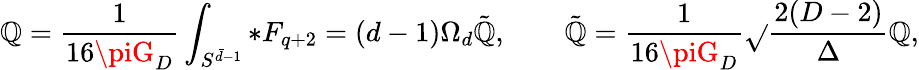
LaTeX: {\cal\mathbb{Q}}={\frac{{1}}{{16\piG_{D}}}}\int_{S^{\bar{{d}}-1}}*F_{q+2}=(d-1)\Omega_{d}\tilde{{\mathbb{Q}}},\qquad\tilde{{\mathbb{Q}}}={\frac{{1}}{{16\piG_{D}}}}\sqrt{}{{\frac{{2(D-2)}}{{\Delta}}}}\mathbb{Q},